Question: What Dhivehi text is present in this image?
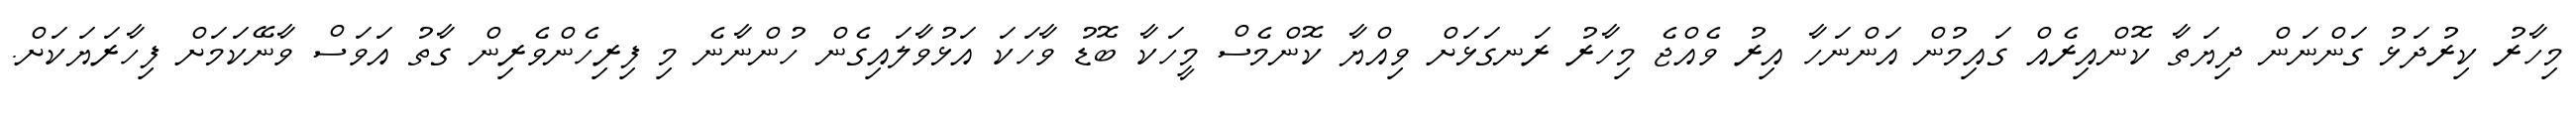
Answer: މިހާރު ކިރުދަޅު ގަންނަން ދިޔަތާ ކޮންއިރެއް ގައިމުން އަންނަހާ އިރު ވެއްޖެ މިހާރު ރަނގަޅަށް ވިއްޔާ ކޮންމެސް މީހަކާ ބޮޑު ވާހަކަ އަޅުވާލައިގެން ހުންނާނެ މި ފިރިހެންވެރިން ގާތު އަވަސް ވާނޭކަމަށް ފިހާރަޔަކަށް.